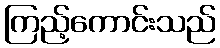
ကြည့်ကောင်းသည်